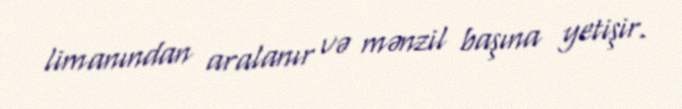
limanından aralanır və mənzil başına yetişir.